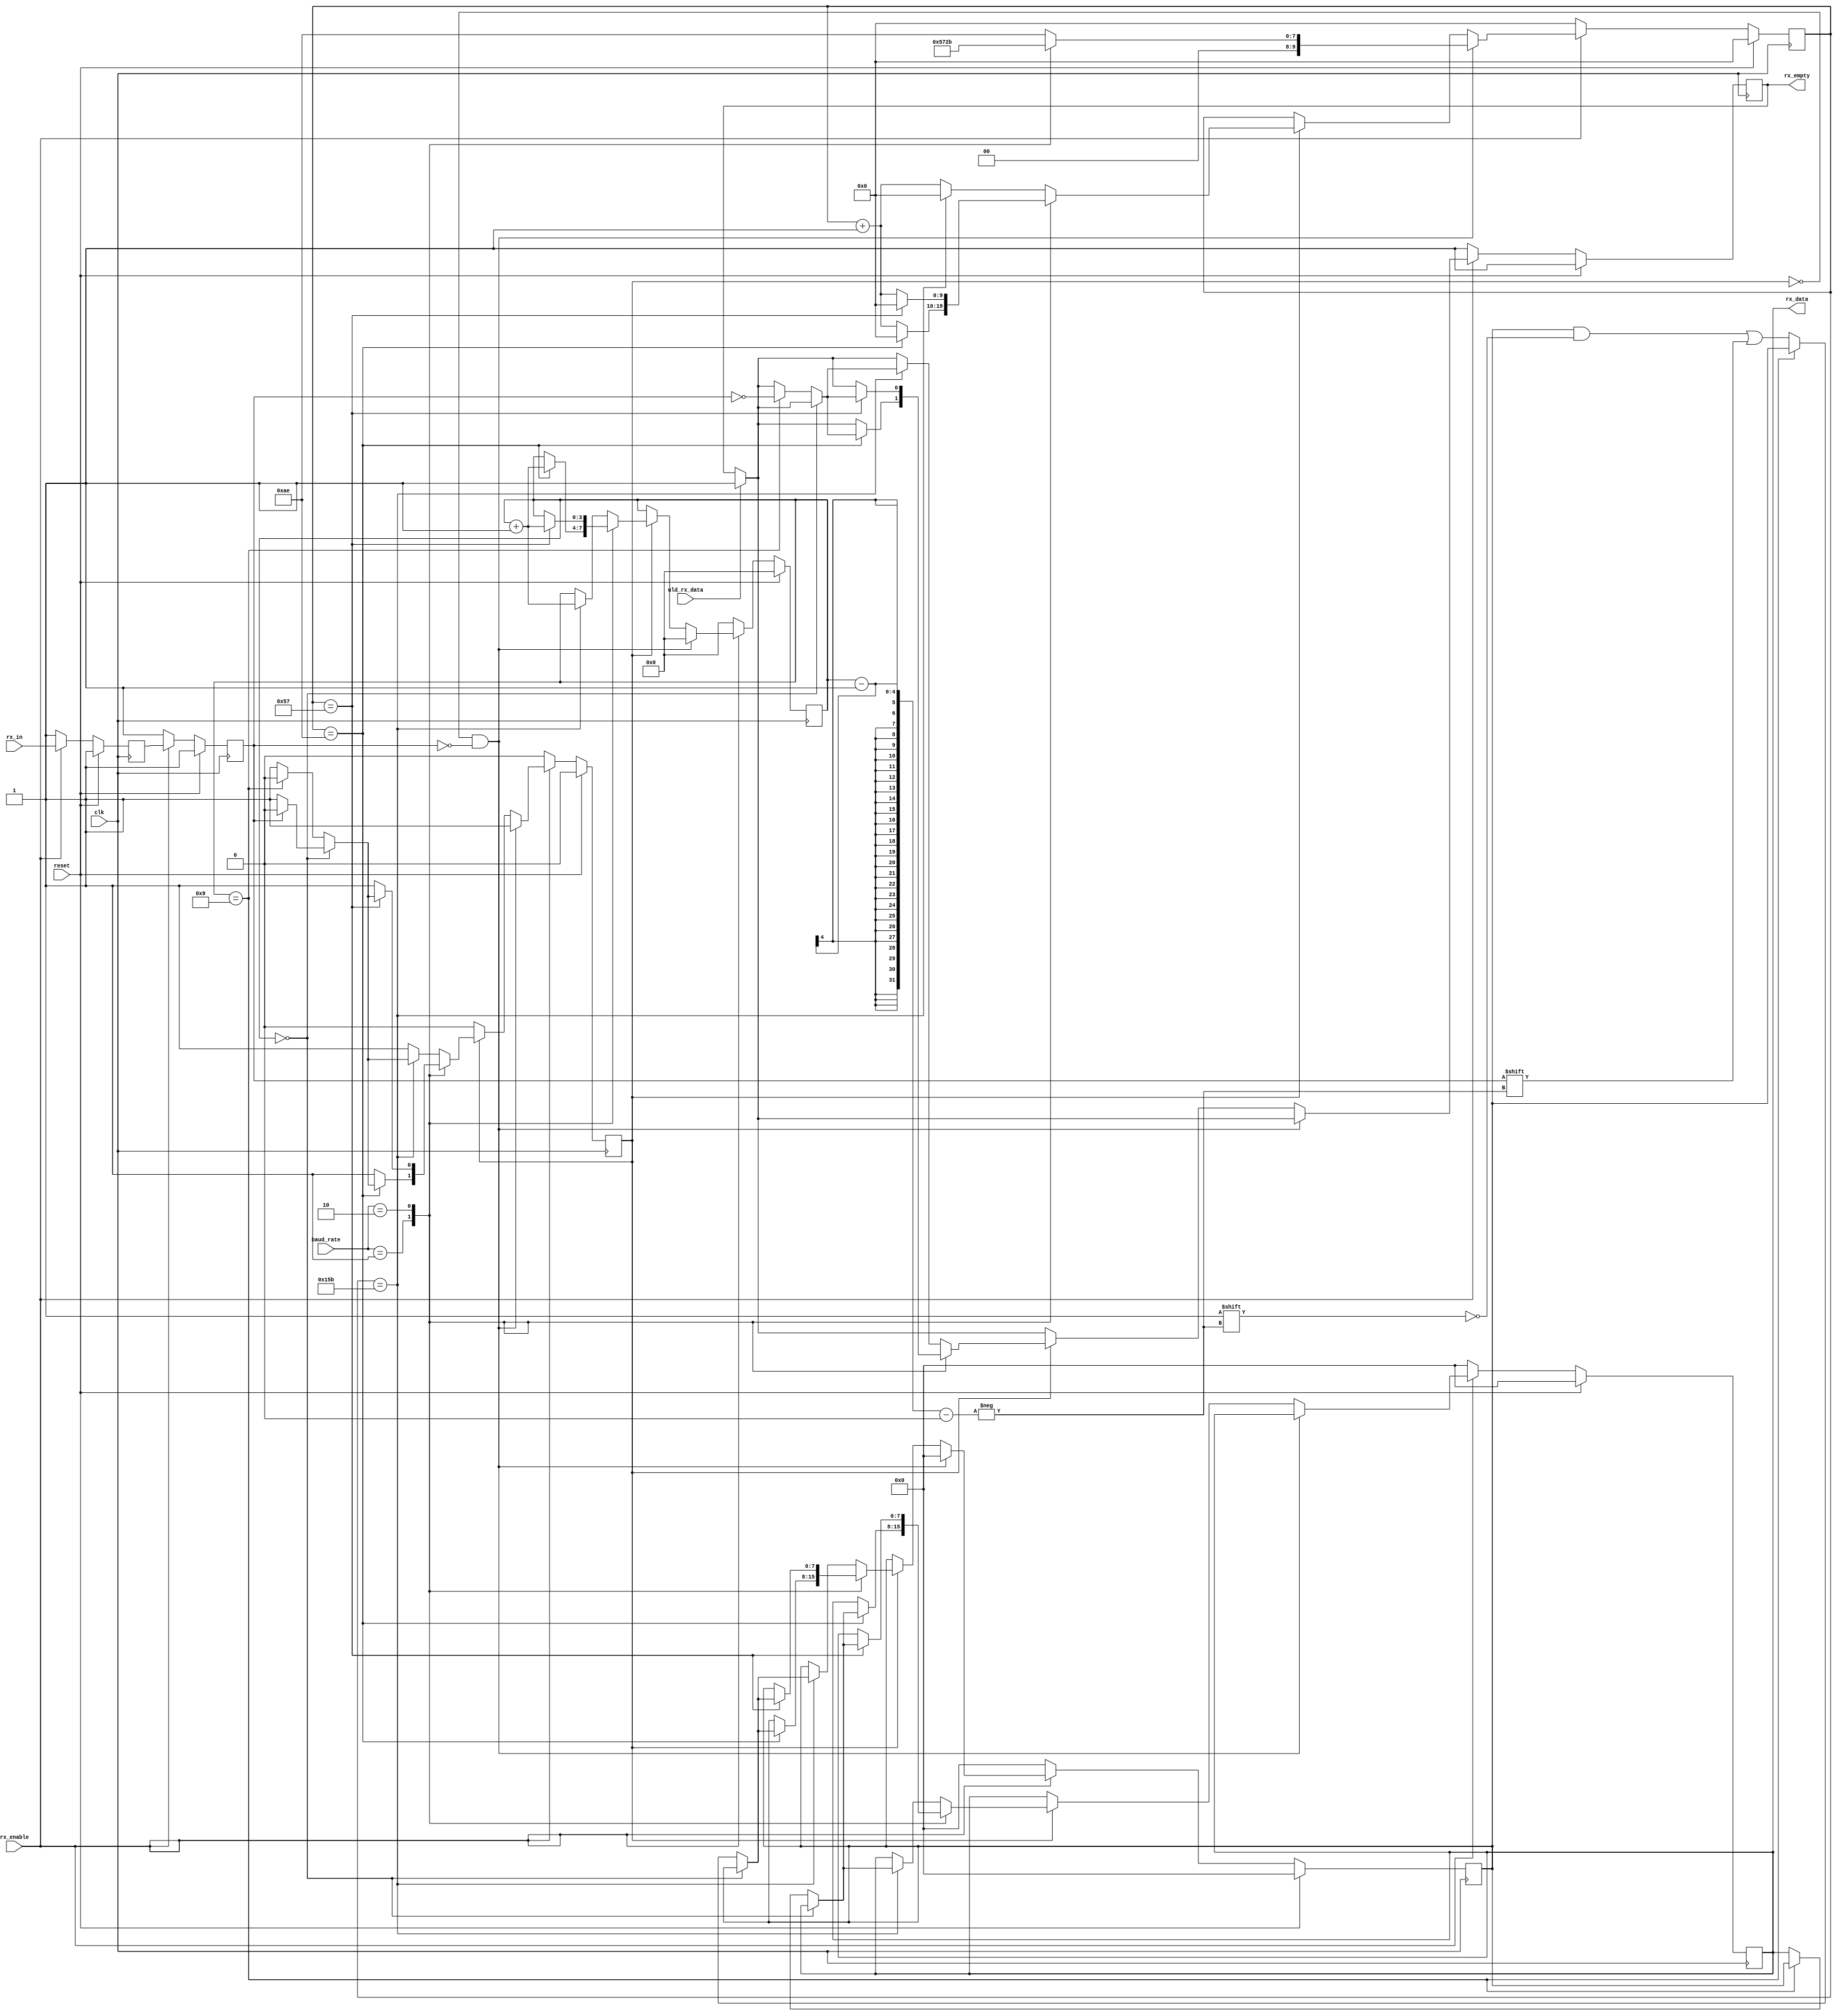
`timescale 1ns / 1ps


// UART wants the LSB first

// RX modified to accept 40 MHz clock and receive at 115200 bps
// Note 40e6 / 115200 = 347.2222 and 347.2 / 2 = 173.6  ~= 174 cycles

// For 460800
// 40e6 / 460800 = 86.8 and 86.8 / 2 =~= 43

// For 230400
// 40e6 / 230400 = 173.6 and 173.6/2 = 86.8

// Modified for 460800 baud rate

module uart_rx (	
	input reset,
	input clk,
	input [1:0] baud_rate,
	input uld_rx_data,
	output reg [7:0] rx_data,
	input rx_enable,
	input rx_in,
	output reg rx_empty
);

parameter ML505 = 0; //default to 0 if not specified


// Internal registers
reg [7:0]    rx_reg         ;
reg [9:0]    rx_sample_cnt  ;
reg [3:0]    rx_cnt         ;  
reg          rx_frame_err   ;
(* IOB = "TRUE" *) reg rx_d1;
reg          rx_d2          ;
reg          rx_busy        ;
//reg 			 rx_over_run	 ;



// UART RX Logic
always @ (posedge clk) begin
	if (reset) begin
		rx_reg        <= 8'd0; 
		rx_data       <= 8'd0;
		rx_sample_cnt <= 10'd0;
		rx_cnt        <= 4'd0;
		rx_frame_err  <= 1'b0;
		//rx_over_run   <= 0;
		rx_empty      <= 1'b1;
		rx_d1         <= 1'b1;
		rx_d2         <= 1'b1;
		rx_busy       <= 1'b0;
	end else begin
		if (rx_enable) begin // Receive data only when rx is enabled
			// Synchronize the asynch signal
			rx_d1 <= rx_in;
			rx_d2 <= rx_d1;
			if (!rx_busy && !rx_d2) begin 			// Check if just received start of frame
				rx_busy       <= 1'b1;
				//Start halfway through count for first (start) bit to find centre of bit
				if (ML505) rx_sample_cnt <= 434;  
				else begin
					case (baud_rate)
						2'd0:  rx_sample_cnt <= 174; // 115200 Baud	
						2'd1:  rx_sample_cnt <= 87; // 230400 Baud	
						2'd2:  rx_sample_cnt <= 43; // 460800 Baud	
						default:  rx_sample_cnt <= 174; // 115200 Baud	
					endcase
				end	
				rx_cnt        <= 1'b0;
				rx_frame_err <= rx_frame_err;
				rx_empty <= (uld_rx_data) ? 1'b1 : rx_empty;
				rx_reg <= 8'd0;
				rx_data <= rx_data;
			end else if (rx_busy) begin // Start of frame detected, Proceed with rest of data
				if (ML505) begin
					if (rx_sample_cnt == 10'd868) begin
						rx_sample_cnt <= 10'd0;
						rx_cnt <= rx_cnt + 1;
						if (rx_cnt==4'd0) begin
							rx_busy <= (rx_d2) ? 1'b0 : rx_busy;
							rx_frame_err <= rx_frame_err;
							rx_empty <= (uld_rx_data) ? 1'b1 : rx_empty;
							rx_reg <= rx_reg;
							rx_data <= rx_data;
						end else if (rx_cnt==4'd9) begin
							rx_busy <= 1'b0;
							rx_frame_err <= ~rx_d2;	
							rx_empty <= ~rx_d2;
							rx_reg <= rx_reg;
							rx_data <= rx_reg;
						end else begin
							rx_busy <= rx_busy;
							rx_reg[rx_cnt - 1] <= rx_d2;
							rx_empty <= (uld_rx_data) ? 1'b1 : rx_empty;
							rx_data <= rx_data;
							rx_frame_err <= rx_frame_err;
						end
					end else begin
						rx_sample_cnt <= rx_sample_cnt +1;
						rx_cnt <= rx_cnt;
						rx_busy <= rx_busy;
						rx_frame_err <= rx_frame_err;
						rx_empty <= (uld_rx_data) ? 1'b1 : rx_empty;
						rx_reg <= rx_reg;
						rx_data <= rx_data;
					end
				end else begin
					case (baud_rate) 
						2'd0: begin // 115200 Baud		
							if (rx_sample_cnt == 10'd347) begin
								rx_sample_cnt <= 10'd0;
								rx_cnt <= rx_cnt + 1;
								if (rx_cnt==4'd0) begin
									rx_busy <= (rx_d2) ? 1'b0 : rx_busy;
									rx_frame_err <= rx_frame_err;
									rx_empty <= (uld_rx_data) ? 1'b1 : rx_empty;
									rx_reg <= rx_reg;
									rx_data <= rx_data;
								end else if (rx_cnt==4'd9) begin
									rx_busy <= 1'b0;
									rx_frame_err <= ~rx_d2;	
									rx_empty <= ~rx_d2;
									rx_reg <= rx_reg;
									rx_data <= rx_reg;
								end else begin
									rx_busy <= rx_busy;
									rx_reg[rx_cnt - 1] <= rx_d2;
									rx_empty <= (uld_rx_data) ? 1'b1 : rx_empty;
									rx_data <= rx_data;
									rx_frame_err <= rx_frame_err;
								end
							end else begin
								rx_sample_cnt <= rx_sample_cnt +1;
								rx_cnt <= rx_cnt;
								rx_busy <= rx_busy;
								rx_frame_err <= rx_frame_err;
								rx_empty <= (uld_rx_data) ? 1'b1 : rx_empty;
								rx_reg <= rx_reg;
								rx_data <= rx_data;
							end
						end
						2'd1: begin // 230400 Baud		
							if (rx_sample_cnt == 10'd174) begin
								rx_sample_cnt <= 10'd0;
								rx_cnt <= rx_cnt + 1;
								if (rx_cnt==4'd0) begin
									rx_busy <= (rx_d2) ? 1'b0 : rx_busy;
									rx_frame_err <= rx_frame_err;
									rx_empty <= (uld_rx_data) ? 1'b1 : rx_empty;
									rx_reg <= rx_reg;
									rx_data <= rx_data;
								end else if (rx_cnt==4'd9) begin
									rx_busy <= 1'b0;
									rx_frame_err <= ~rx_d2;	
									rx_empty <= ~rx_d2;
									rx_reg <= rx_reg;
									rx_data <= rx_reg;
								end else begin
									rx_busy <= rx_busy;
									rx_reg[rx_cnt - 1] <= rx_d2;
									rx_empty <= (uld_rx_data) ? 1'b1 : rx_empty;
									rx_data <= rx_data;
									rx_frame_err <= rx_frame_err;
								end
							end else begin
								rx_sample_cnt <= rx_sample_cnt +1;
								rx_cnt <= rx_cnt;
								rx_busy <= rx_busy;
								rx_frame_err <= rx_frame_err;
								rx_empty <= (uld_rx_data) ? 1'b1 : rx_empty;
								rx_reg <= rx_reg;
								rx_data <= rx_data;
							end	
						end						
						2'd2: begin // 460800 Baud		
							if (rx_sample_cnt == 10'd87) begin
								rx_sample_cnt <= 10'd0;
								rx_cnt <= rx_cnt + 1;
								if (rx_cnt==4'd0) begin
									rx_busy <= (rx_d2) ? 1'b0 : rx_busy;
									rx_frame_err <= rx_frame_err;
									rx_empty <= (uld_rx_data) ? 1'b1 : rx_empty;
									rx_reg <= rx_reg;
									rx_data <= rx_data;
								end else if (rx_cnt==4'd9) begin
									rx_busy <= 1'b0;
									rx_frame_err <= ~rx_d2;	
									rx_empty <= ~rx_d2;
									rx_reg <= rx_reg;
									rx_data <= rx_reg;
								end else begin
									rx_busy <= rx_busy;
									rx_reg[rx_cnt - 1] <= rx_d2;
									rx_empty <= (uld_rx_data) ? 1'b1 : rx_empty;
									rx_data <= rx_data;
									rx_frame_err <= rx_frame_err;
								end
							end else begin
								rx_sample_cnt <= rx_sample_cnt +1;
								rx_cnt <= rx_cnt;
								rx_busy <= rx_busy;
								rx_frame_err <= rx_frame_err;
								rx_empty <= (uld_rx_data) ? 1'b1 : rx_empty;
								rx_reg <= rx_reg;
								rx_data <= rx_data;
							end		
						end						
						default: begin // 115200 Baud		
							if (rx_sample_cnt == 10'd347) begin
								rx_sample_cnt <= 10'd0;
								rx_cnt <= rx_cnt + 1;
								if (rx_cnt==4'd0) begin
									rx_busy <= (rx_d2) ? 1'b0 : rx_busy;
									rx_frame_err <= rx_frame_err;
									rx_empty <= (uld_rx_data) ? 1'b1 : rx_empty;
									rx_reg <= rx_reg;
									rx_data <= rx_data;
								end else if (rx_cnt==4'd9) begin
									rx_busy <= 1'b0;
									rx_frame_err <= ~rx_d2;	
									rx_empty <= ~rx_d2;
									rx_reg <= rx_reg;
									rx_data <= rx_reg;
								end else begin
									rx_busy <= rx_busy;
									rx_reg[rx_cnt - 1] <= rx_d2;
									rx_empty <= (uld_rx_data) ? 1'b1 : rx_empty;
									rx_data <= rx_data;
									rx_frame_err <= rx_frame_err;
								end
							end else begin
								rx_sample_cnt <= rx_sample_cnt +1;
								rx_cnt <= rx_cnt;
								rx_busy <= rx_busy;
								rx_frame_err <= rx_frame_err;
								rx_empty <= (uld_rx_data) ? 1'b1 : rx_empty;
								rx_reg <= rx_reg;
								rx_data <= rx_data;
							end
						end
					endcase
				end // if (~ML505)
			end else begin //if (~rx_busy)
				rx_reg        <= rx_reg; 
				rx_data       <= rx_data;
				rx_sample_cnt <= rx_sample_cnt;
				rx_cnt        <= rx_cnt;
				rx_frame_err  <= rx_frame_err;
				rx_empty <= (uld_rx_data) ? 1'b1 : rx_empty;
				rx_busy       <= rx_busy;
			end
		end else begin
			rx_reg        <= 8'd0; 
			rx_data       <= 8'd0;
			rx_sample_cnt <= 10'd0;
			rx_cnt        <= 4'd0;
			rx_frame_err  <= 1'b0;
			//rx_over_run   <= 0;
			rx_empty      <= 1'b1;
			rx_d1         <= 1'b1;
			rx_d2         <= 1'b1;
			rx_busy       <= 1'b0;	
		end	// if (~rx_enable)	
	end //if (~reset)		
end //always
		
endmodule